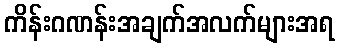
ကိန်းဂဏန်းအချက်အလက်များအရ